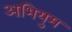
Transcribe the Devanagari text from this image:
अभियुम